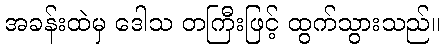
အခန်းထဲမှ ဒေါသ တကြီးဖြင့် ထွက်သွားသည်။